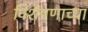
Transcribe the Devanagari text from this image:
विशेषणाच्या